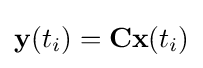
\mathbf {y} (t_{i})=\mathbf {C} \mathbf {x} (t_{i})